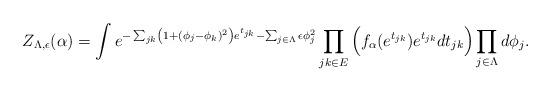
LaTeX: \begin{align*}Z_{\Lambda,\epsilon}(\alpha)= \int e^{-\sum_{jk}\left(1+(\phi_j-\phi_k)^2\right)e^{t_{jk}}-\sum_{j \in \Lambda}\epsilon \phi_j^2}\prod_{jk \in E}\Big(f_\alpha(e^{t_{jk}})e^{t_{jk}}dt_{jk}\Big)\prod_{j \in \Lambda}d\phi_j.\end{align*}